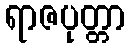
ရာဇပုတ္တာ